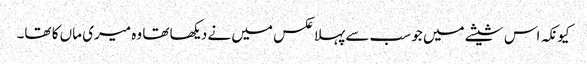
کیونکہ اس شیشے میں جو سب سے پہلا عکس میں نے دیکھا تھا وہ میری ماں کا تھا۔